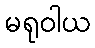
မရုဝါယ